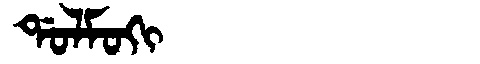
Manchu: ᡩᠣᠯᠮᠣᡴᡳ
Romanization: DOLMOKI